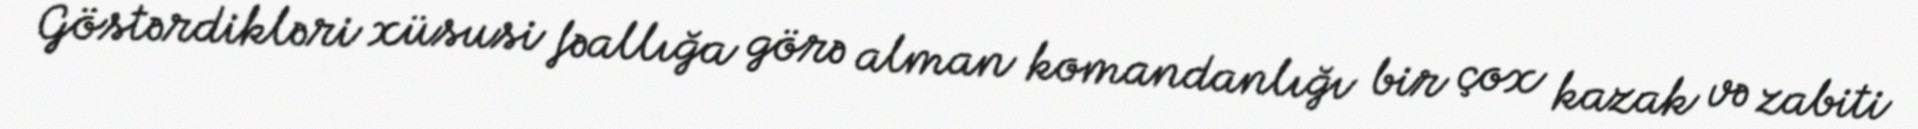
Göstərdikləri xüsusi fəallığa görə alman komandanlığı bir çox kazak və zabiti